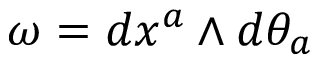
\omega = d x ^ { a } \wedge d \theta _ { a }